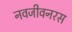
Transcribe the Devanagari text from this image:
नवजीवनरस